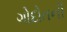
ગોદોતની